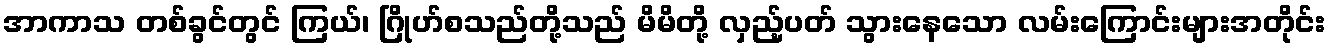
အာကာသ တစ်ခွင်တွင် ကြယ်၊ ဂြိုဟ်စသည်တို့သည် မိမိတို့ လှည့်ပတ် သွားနေသော လမ်းကြောင်းများအတိုင်း